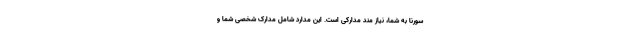
سورنا به شما، نیاز مند مدارکی است. این مدارد شامل مدارک شخصی شما و